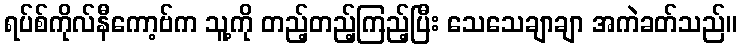
ရပ်စ်ကိုလ်နီကော့ဗ်က သူ့ကို တည့်တည့်ကြည့်ပြီး သေသေချာချာ အကဲခတ်သည်။